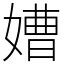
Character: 㜖